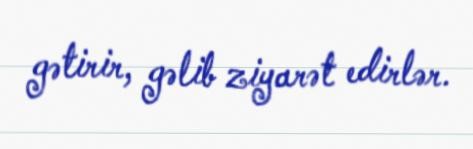
gətirir, gəlib ziyarət edirlər.